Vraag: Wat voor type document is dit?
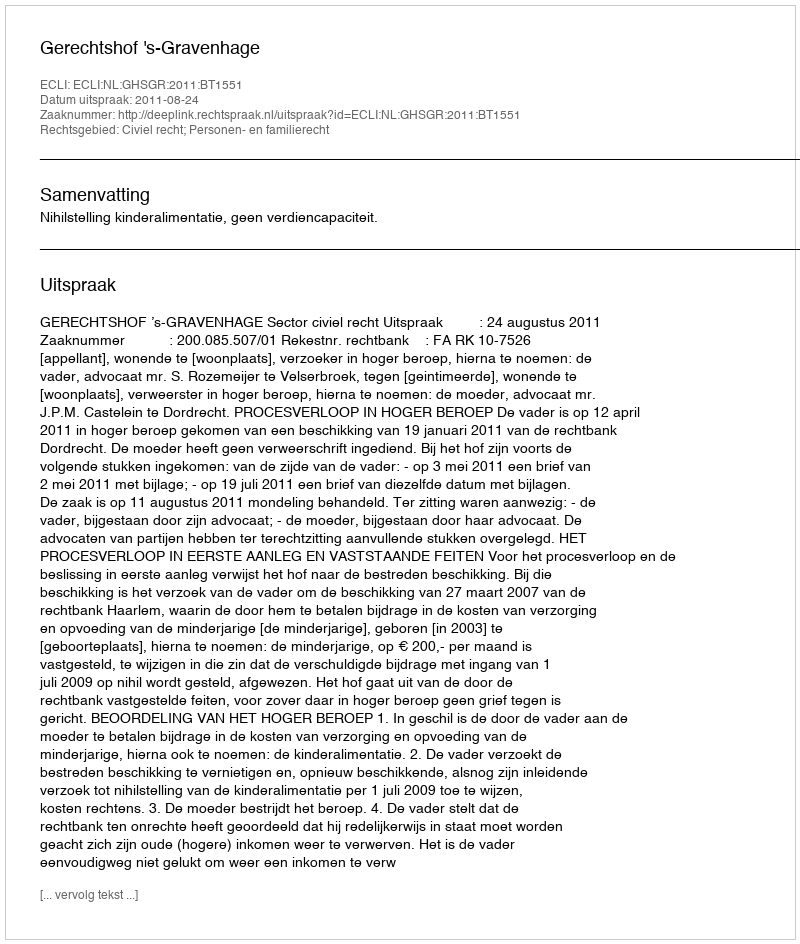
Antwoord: Uitspraak